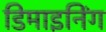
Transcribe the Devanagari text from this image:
डिमाइनिंग